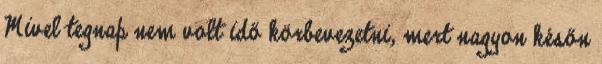
Mivel tegnap nem volt idő körbevezetni, mert nagyon későn